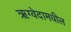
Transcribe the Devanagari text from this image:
ऋग्वेदामधील